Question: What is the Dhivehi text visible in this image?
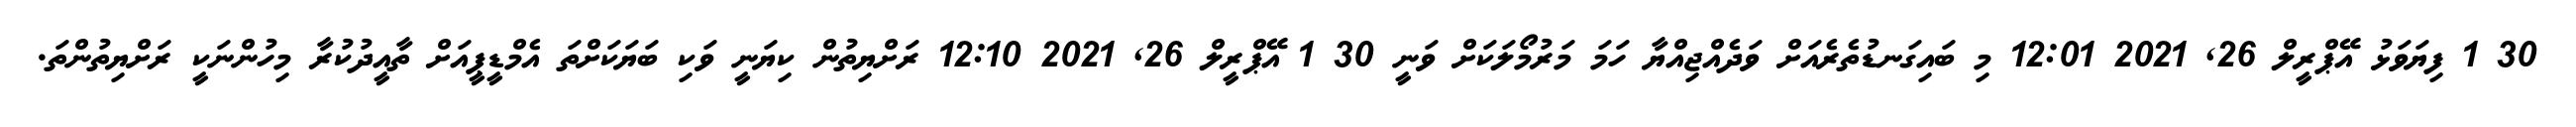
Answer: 30 1 ފިޔަވަޅު އޭޕްރީލް 26, 2021 12:01 މި ބައިގަނޑުތެރެއަށް ވަދެއްޖިއްޔާ ހަމަ މަރުމޯލަކަށް ވަނީ 30 1 އޭޕްރީލް 26, 2021 12:10 ރަށްޔިތުން ކިޔަނީ ވަކި ބަޔަކަށްތަ އެމްޑީޕީއަށް ތާއީދުކުރާ މިހުންނަކީ ރަށްޔިތުންތަ.